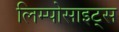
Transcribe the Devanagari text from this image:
लिम्पोसाइट्स